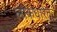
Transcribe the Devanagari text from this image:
लोकधारेत